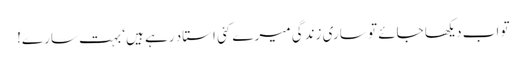
تو اب دیکھا جائے تو ساری زندگی میرے کئی استاد رہے ہیں‘ بہت سارے!